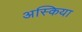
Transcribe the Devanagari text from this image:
अस्किया